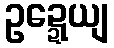
ဥဍ္ဍေယျ